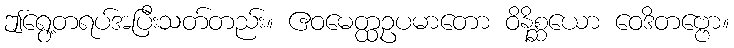
ဤရွေ့တရပ်အပြီးသတ်တည်း။ ဧဝမေတ္ထဥပမာတော ဝိနိစ္ဆယော ဝေဒိတဗ္ဗော။